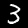
Digit: 3